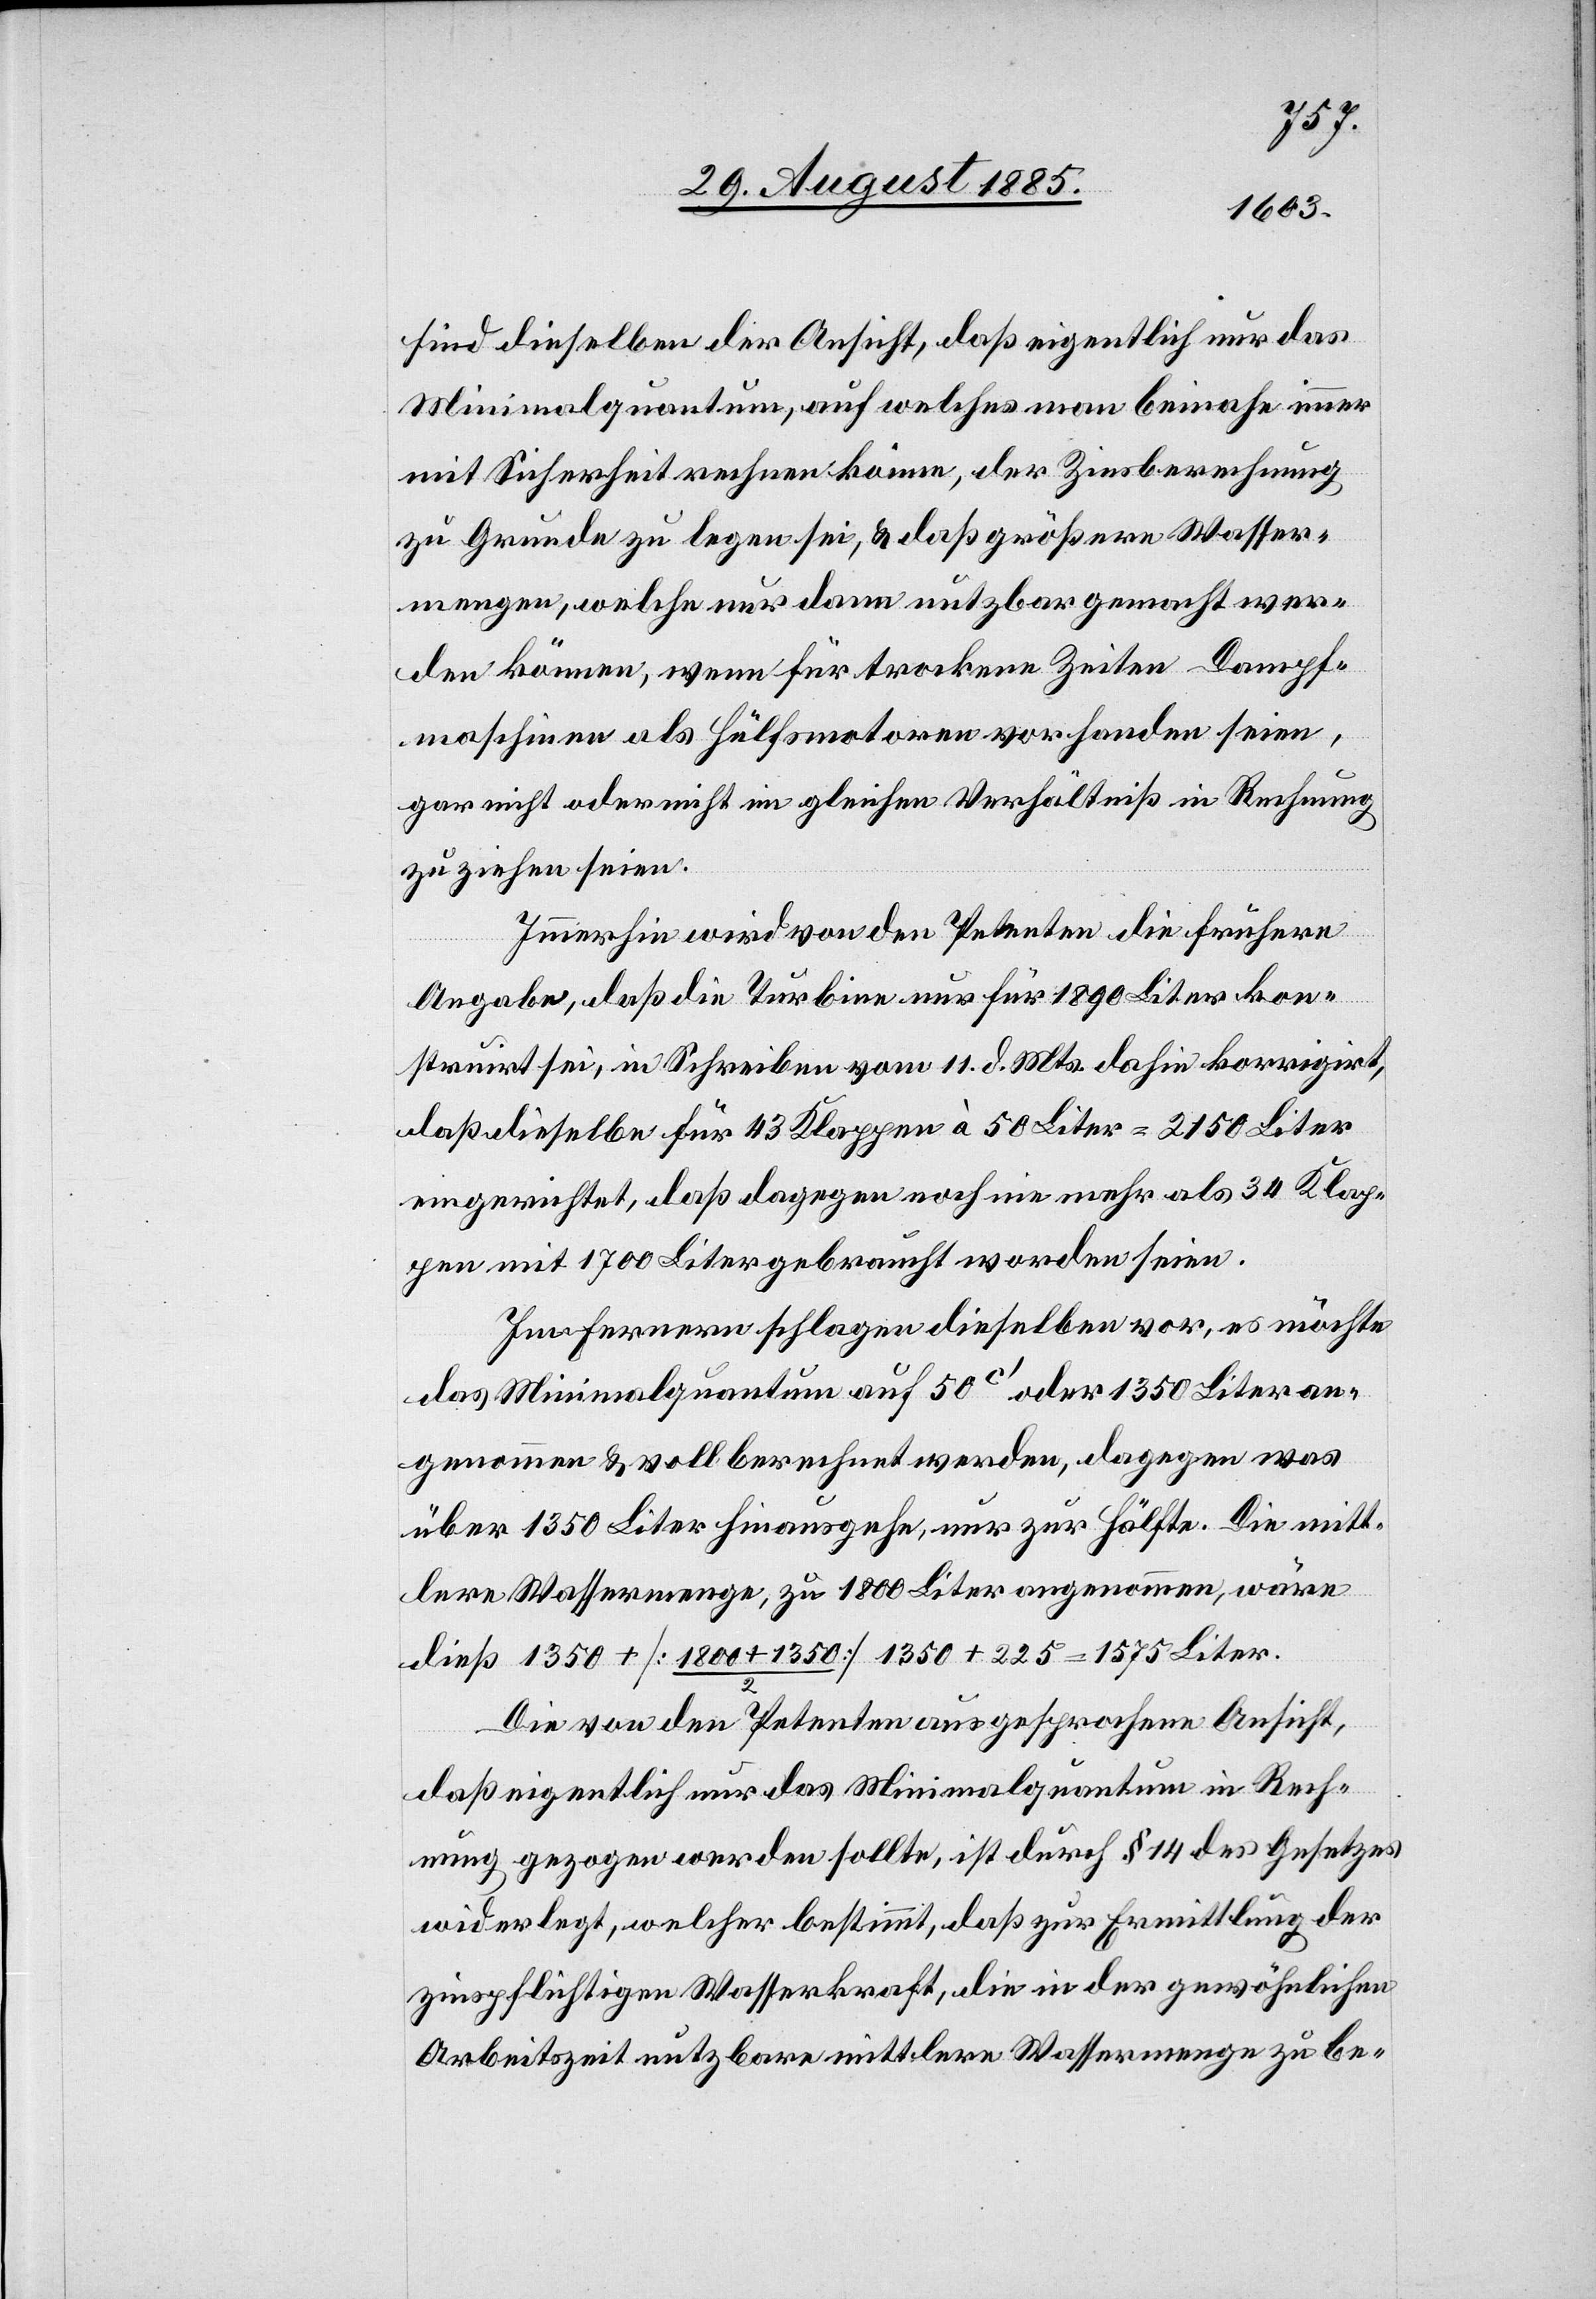
sind dieselben der Ansicht, daß eigentlich nur das
Minimalquantum, auf welches man beinahe immer
mit Sicherheit rechnen könne, der Zinsberechnung
zu Grunde zu legen sei, & daß größere Wasser¬
mengen, welche nur dann nutzbar gemacht wer¬
den können, wenn für trockene Zeiten Dampf¬
maschinen als Hülfsmotoren vorhanden seien,
gar nicht oder nicht im gleichen Verhältniß in Rechnung
zu ziehen seien.
Immerhin wird von den Petenten die frühere
Angabe, daß die Turbine nur für 1890 Liter kon¬
struirt sei, in Schreiben vom 11. d. Mts. dahin korrigirt,
daß dieselbe für 43 Klappen à 50 Liter = 2150 Liter
eingerichtet, daß dagegen noch nie mehr als 34 Klap¬
pen mit 1700 Liter gebraucht worden seien.
Im Fernern schlagen dieselben vor, es möchte
das Minimalquantum auf 50c‘ oder 1350 Liter an¬
genommen & voll berechnet werden, dagegen was
über 1350 Liter hinausgehe, nur zur Hälfte. Die mitt¬
lere Wassermenge, zu 1800 Liter angenommen, wäre
+ [1800 + 1350/2] 1350 + 225 = 1575 Liter.
Die von den Petenten ausgesprochene Ansicht,
daß eigentlich nur das Minimalquantum in Rech¬
nung gezogen werden sollte, ist durch § 14 des Gesetzes
widerlegt, welcher bestimmt, daß zur Ermittlung der
zinspflichtigen Wasserkraft, die in der gewöhnlichen
Arbeitszeit nutzbare mittlere Wassermenge zu be-